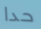
حدا